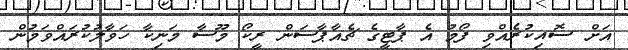
އަށް ސޮއިކުރެއްވި ފޯމު އެ ޕާޓީގެ ޗެއާޕާސަން ރީކޯ މޫސާ މަނިކާ ހަވާލުކުރައްވަމުން